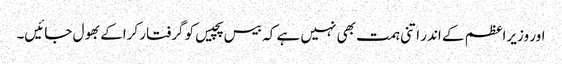
اور وزیراعظم کے اندر اتنی ہمت بھی نہیں ہے کہ بیس پچیس کو گرفتار کراکے بھول جائیں۔